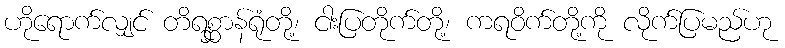
ဟိုရောက်လျှင် တိရစ္ဆာန်ရုံတို့၊ ငါးပြတိုက်တို့၊ ကရဝိက်တို့ကို လိုက်ပြမည်ဟု